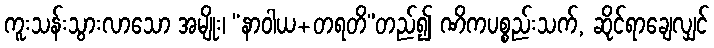
ကူးသန်းသွားလာသော အမျိုး၊ “နာဝါယ+တရတိ”တည်၍ ဏိကပစ္စည်းသက်, ဆိုင်ရာချေလျှင်